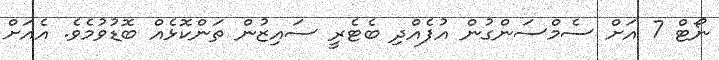
ނޯޓް 7 އަށް ސެމްސަންގުން އުފެއްދި ބެޓެރީ ސައިޒުން ތަންކޮޅެއް ބޮޑުވުމެވެ. އެއަށް